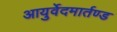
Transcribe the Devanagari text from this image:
आयुर्वेदमार्तण्ड